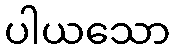
ပါယသော